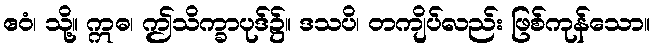
ဧဝံ၊ သို့။ ဣဓ၊ ဤသိက္ခာပုဒ်၌။ ဒသပိ၊ တကျိပ်လည်း ဖြစ်ကုန်သော။